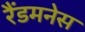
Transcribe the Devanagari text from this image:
रैंडमनेस